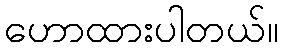
ဟောထားပါတယ်။